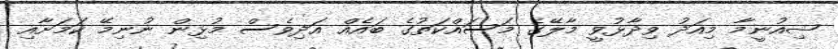
ޝިއުނީމާ މިއަދު ވިދާޅުވީ މާލޭގެ މަސައްކަތުގެ ބައެއް އަދިވެސް މުޅިން ނުނިމޭ ކަމަށާއި